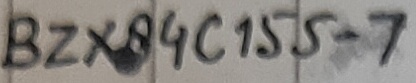
Text: BZX84C155-7